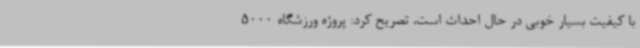
با کیفیت بسیار خوبی در حال احداث است، تصریح کرد: پروژه ورزشگاه 5000